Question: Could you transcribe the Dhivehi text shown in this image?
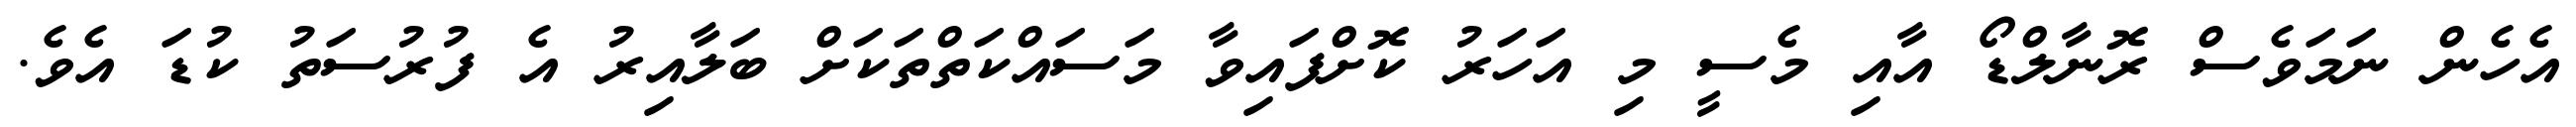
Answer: އެހެން ނަމަވެސް ރޮނާލްޑޯ އާއި މެސީ މި އަހަރު ކޮށްފައިވާ މަސައްކަތްތަކަށް ބަލާއިރު އެ ފުރުސަތު ކުޑަ އެވެ.